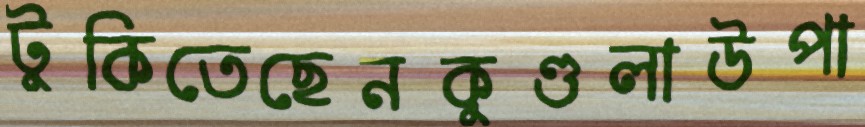
টুকিতেছেনকুণ্ডলাউপা